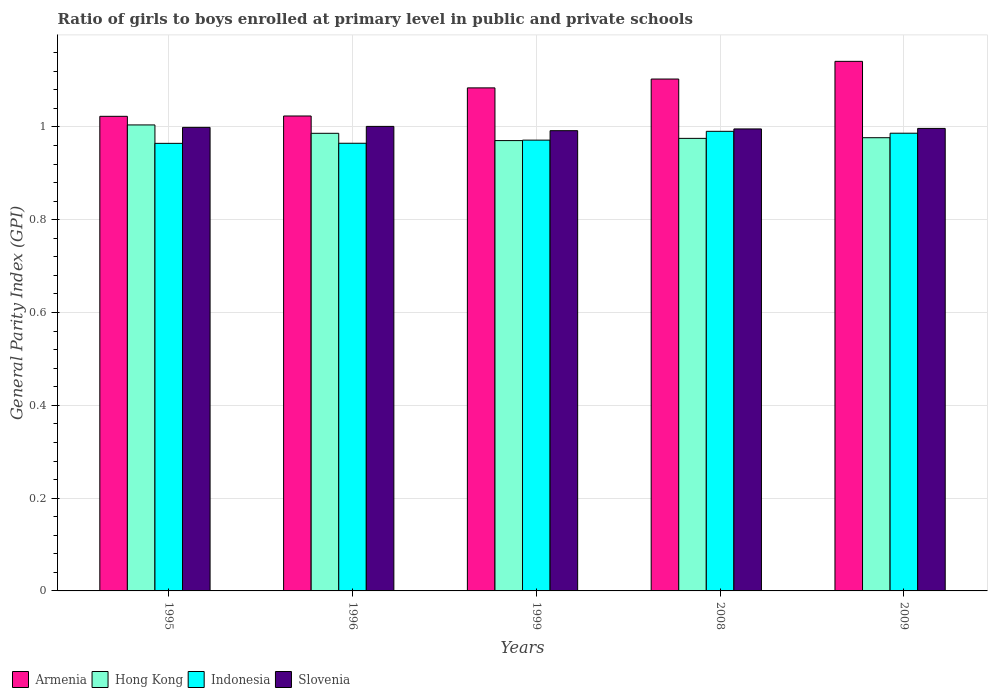
| Years | Armenia | Hong Kong | Indonesia | Slovenia |
 | --- | --- | --- | --- | --- |
 | 1995 | 1.02 | 1 | 0.965 | 0.999 |
 | 1996 | 1.02 | 0.986 | 0.965 | 1 |
 | 1999 | 1.08 | 0.971 | 0.972 | 0.992 |
 | 2008 | 1.1 | 0.975 | 0.991 | 0.996 |
 | 2009 | 1.14 | 0.977 | 0.987 | 0.997 |